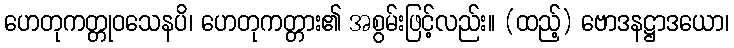
ဟေတုကတ္တုဝသေနပိ၊ ဟေတုကတ္တား၏ အစွမ်းဖြင့်လည်း။ (ထည့်) ဗောဒနဋ္ဌာဒယော၊